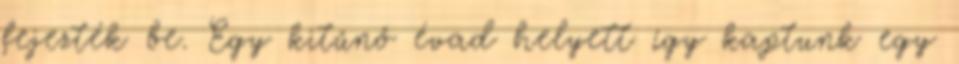
fejezték be. Egy kitűnő évad helyett így kaptunk egy